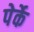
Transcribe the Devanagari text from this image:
पेर्के